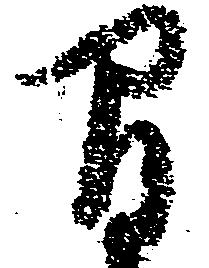
間